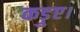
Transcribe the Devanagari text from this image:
कड़ुए।